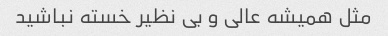
مثل همیشه عالی و بی نظیر خسته نباشید